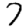
Digit: 7